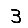
Digit: 3